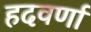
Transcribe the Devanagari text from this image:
हदवर्णा